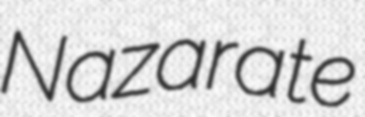
Nazarate